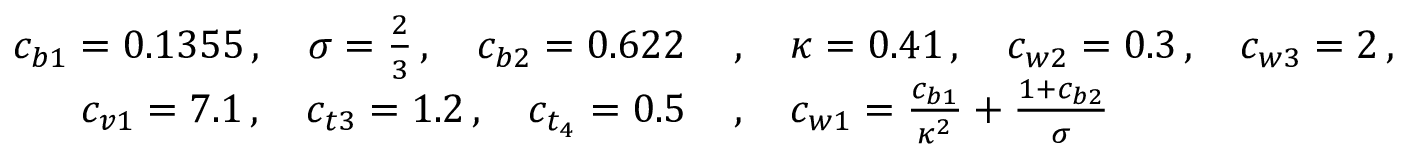
\begin{array} { r l } { c _ { b 1 } = 0 . 1 3 5 5 \, , \quad \sigma = \frac { 2 } { 3 } \, , \quad c _ { b 2 } = 0 . 6 2 2 \, } & { { } , \quad \kappa = 0 . 4 1 \, , \quad c _ { w 2 } = 0 . 3 \, , \quad c _ { w 3 } = 2 \, , } \\ { c _ { v 1 } = 7 . 1 \, , \quad c _ { t 3 } = 1 . 2 \, , \quad c _ { t _ { 4 } } = 0 . 5 \, } & { { } , \quad c _ { w 1 } = \frac { c _ { b 1 } } { \kappa ^ { 2 } } + \frac { 1 + c _ { b 2 } } { \sigma } } \end{array}